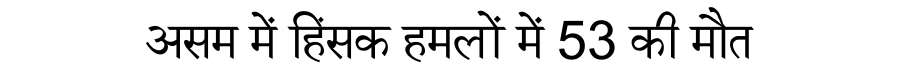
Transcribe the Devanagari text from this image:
असम में हिंसक हमलों में 53 की मौत